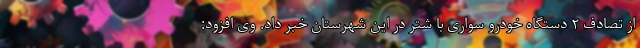
از تصادف ۲ دستگاه خودرو سواری با شتر در این شهرستان خبر داد. وی افزود: